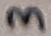
Text: 3